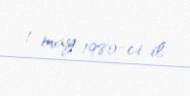
1 may 1980-ci il